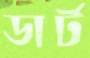
ডার্ট